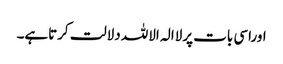
اوراسی بات پرلاالہ الاللہ دلالت کرتاہے۔